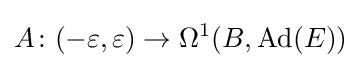
A\colon (-\varepsilon ,\varepsilon )\rightarrow \Omega ^{1}(B,\operatorname {Ad} (E))